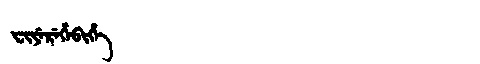
Manchu: ᠸᡳᠶᡝᡵᡝᡥᡝᠪᡳᡥᡝ
Romanization: FIYEREHEBIHE